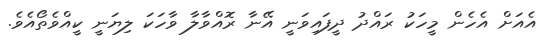
އެއަށް އެހެން މީހަކު ރައްދު ދީފައިވަނީ އޭނާ ރޮއްވާލާ ވާހަކަ ލިޔަނީ ކީއްވެތޯއެވެ.